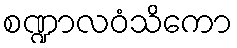
စဏ္ဍာလဝံသိကော